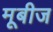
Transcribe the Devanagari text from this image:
मूबीज